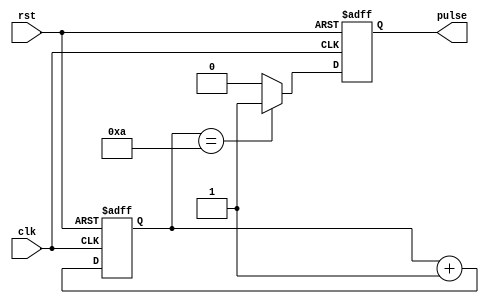
module pulse_generator (
    input wire clk,    // Clock input
    input wire rst,    // Reset input
    output reg pulse   // Synchronized pulse output
);

parameter PULSE_WIDTH = 10; // Predetermined value for pulse width

reg [15:0] counter; // 16-bit counter to keep track of clock cycles

always @(posedge clk or posedge rst) begin
    if (rst) begin
        counter <= 16'b0; // Reset the counter
        pulse   <= 1'b0;  // Reset the pulse output
    end else begin
        counter <= counter + 1; // Increment the counter every clock cycle
        if (counter == PULSE_WIDTH) begin
            pulse <= 1'b1; // Generate pulse when counter reaches predetermined value
        end else begin
            pulse <= 1'b0; // Reset pulse output
        end
    end
end

endmodule